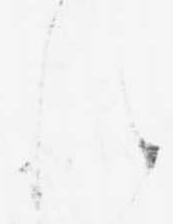
れ